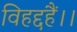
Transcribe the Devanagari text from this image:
विहद्दहैं।।